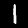
Label: 1